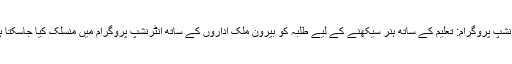
انٹرنشپ پروگرام: تعلیم کے ساتھ ہنر سیکھنے کے لیے طلبہ کو بیرون ملک اداروں کے ساتھ انٹرنشپ پروگرام میں منسلک کیا جاسکتا ہے۔